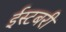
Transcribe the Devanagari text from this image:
ईस्टबरी